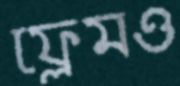
ফ্রেমও